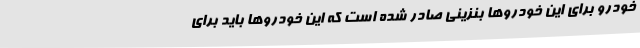
خودرو برای این خودروها بنزینی صادر شده است که این خودروها باید برای